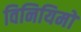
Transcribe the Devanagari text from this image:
विनियिमों